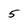
Character: 5